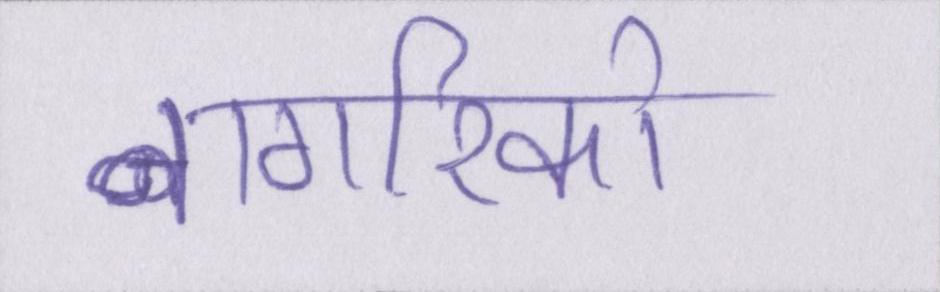
नागरिको